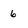
Character: 6